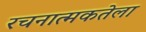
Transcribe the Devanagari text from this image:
रचनात्मकतेला